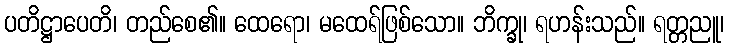
ပတိဋ္ဌာပေတိ၊ တည်စေ၏။ ထေရော၊ မထေရ်ဖြစ်သော။ ဘိက္ခု၊ ရဟန်းသည်။ ရတ္တညူ၊